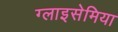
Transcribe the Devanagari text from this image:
ग्लाइसेमिया